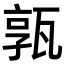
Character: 𤭞